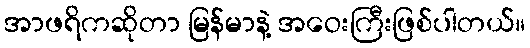
အာဖရိကဆိုတာ မြန်မာနဲ့ အဝေးကြီးဖြစ်ပါတယ်။